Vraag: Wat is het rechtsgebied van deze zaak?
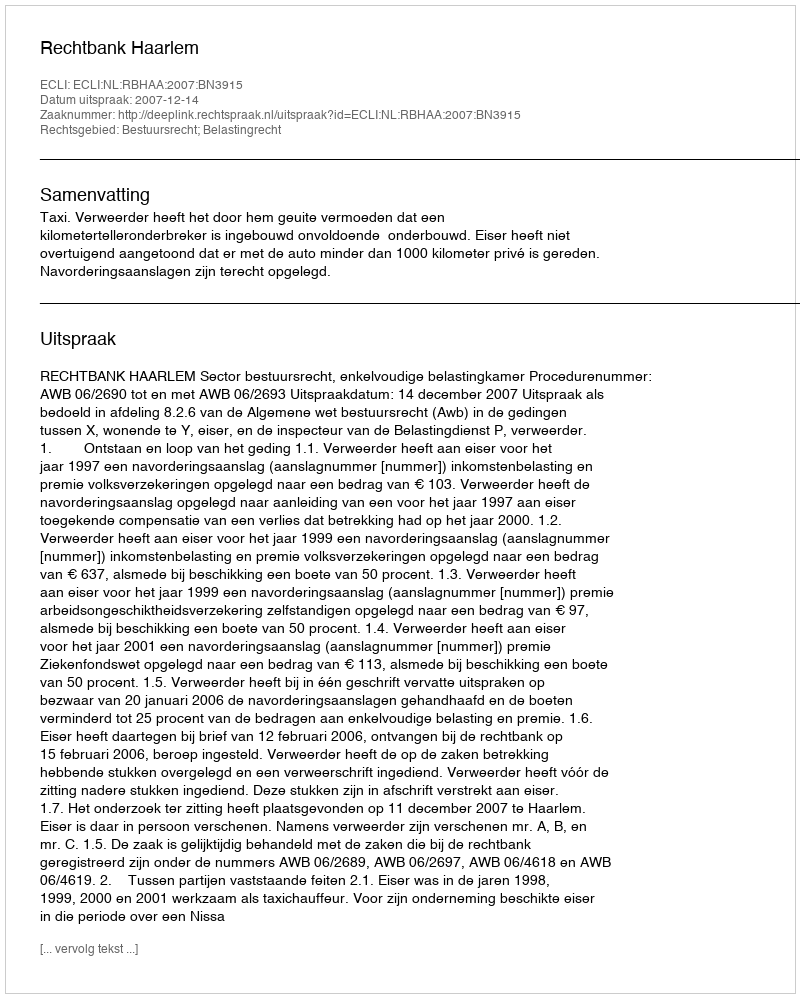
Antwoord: Bestuursrecht; Belastingrecht